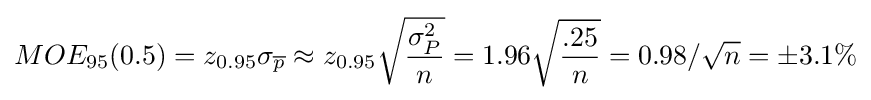
MOE_{95}(0.5)=z_{0.95}\sigma _{\overline {p}}\approx z_{0.95}{\sqrt {\frac {\sigma _{P}^{2}}{n}}}=1.96{\sqrt {\frac {.25}{n}}}=0.98/{\sqrt {n}}=\pm 3.1\%